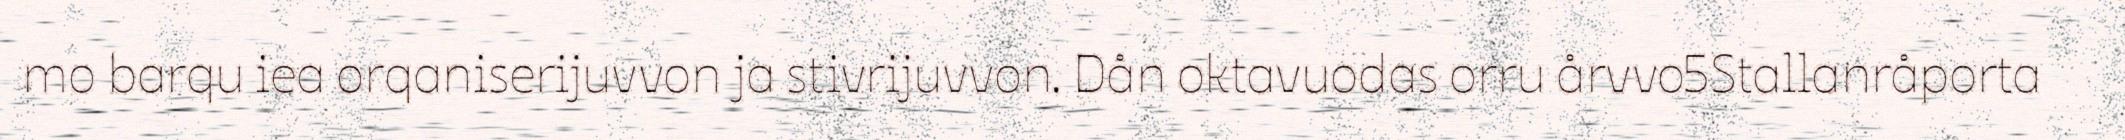
mo barqu iea orqaniserijuvvon ja stivrijuvvon. Dån oktavuodas orru årvvo5Stallanråporta